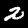
Label: 2